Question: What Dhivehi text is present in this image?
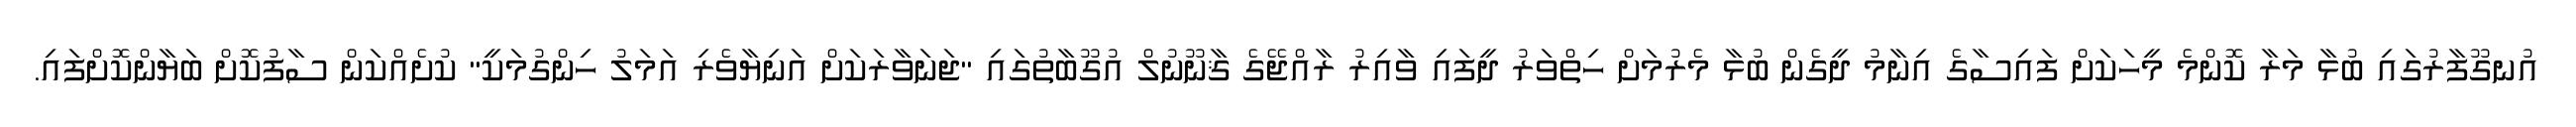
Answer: އުނގޫފާރުގައި ބުޅާ މަރާ ކޮންމެ މީހަކަށް ފައިސާގެ އިނާމު ދީގެން ބުޅާ މެރުމަށް ހިތްވަރު ދީފައި ވާއިރު ރާއްޖޭގެ ޤާނޫނުލް އުގޫބާތުގައި "ޖަނަވާރަކަށް އަނިޔާވެރި އަމަލު ހިންގުމަކީ" ކުށެއްކަން ސާފުކޮށް ބަޔާންކޮށްފައި.